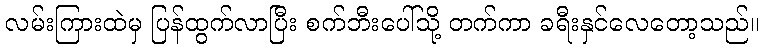
လမ်းကြားထဲမှ ပြန်ထွက်လာပြီး စက်ဘီးပေါ်သို့ တက်ကာ ခရီးနှင်လေတော့သည်။